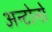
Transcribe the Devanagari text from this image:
अन्टोनो